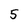
Character: 5